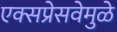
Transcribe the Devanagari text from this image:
एक्सप्रेसवेमुळे